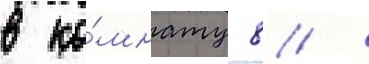
в ко́мнату 8 /